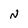
Character: N